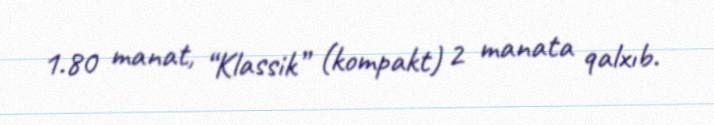
1.80 manat, “Klassik” (kompakt) 2 manata qalxıb.